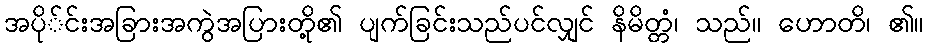
အပို်င်းအခြားအကွဲအပြားတို့၏ ပျက်ခြင်းသည်ပင်လျှင် နိမိတ္တံ၊ သည်။ ဟောတိ၊ ၏။